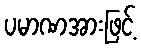
ပမာဏအားဖြင့်